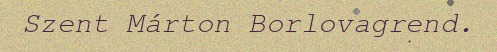
Szent Márton Borlovagrend.